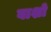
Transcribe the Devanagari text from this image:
वाशो